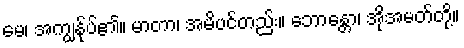
မေ၊ အကျွန်ုပ်၏။ မာတာ၊ အမိပင်တည်း။ ဘောန္တော၊ အိုအမတ်တို့။